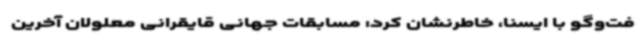
فت‌وگو با ایسنا، خاطرنشان کرد: مسابقات جهانی قایقرانی معلولان آخرین